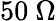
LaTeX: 50~\Omega